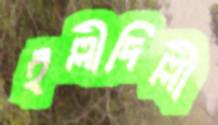
ইল্লীদিল্লী